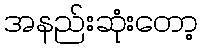
အနည်းဆုံးတော့